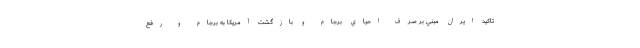
تاكيد ايران مبني بر صرف احياي برجام و بازگشت آمريكا به برجام و رفع